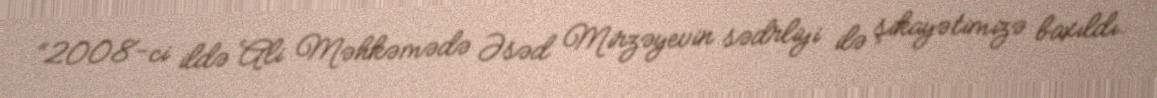
“2008-ci ildə Ali Məhkəmədə Əsəd Mirzəyevin sədrliyi ilə şikayətimizə baxıldı.